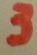
Text: 3